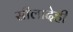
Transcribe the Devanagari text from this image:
सीलादेही